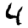
Digit: 4